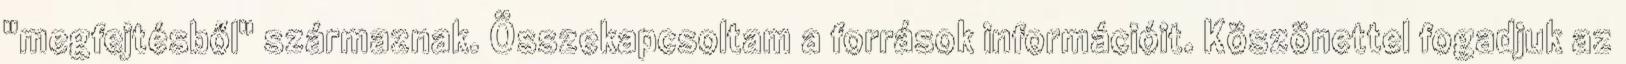
"megfejtésből" származnak. Összekapcsoltam a források információit. Köszönettel fogadjuk az